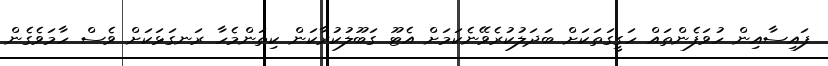
ފައިސާއިން ހުވަފެންތައް ހަގީގަތަކަށް ބަދަލުކުރެވޭނެކަމަށް އެޓޫ ގަބޫލުކުރާކަން ކިތަންމެހާ ރަނގަޅަކަށް ވެސް ހާމަވެގެން